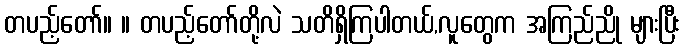
တပည့်တော်။ ။ တပည့်တော်တို့လဲ သတိရှိကြပါတယ်,လူတွေက အကြည်ညို များပြီး